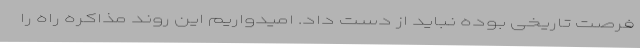
فرصت تاریخی بوده نباید از دست داد. امیدواریم این روند مذاکره راه را